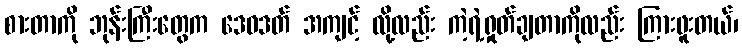
စားတာကို ဘုန်းကြီးတွေက ဒေဝဒတ် အကျင့် လို့လည်း ကဲ့ရဲ့ရှုတ်ချတာကိုလည်း ကြားဖူးတယ်၊